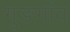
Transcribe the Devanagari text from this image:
गुङगाँव